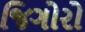
જિગોરો